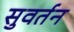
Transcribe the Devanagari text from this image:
सुवर्तन